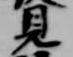
見